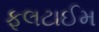
ફૂલટાઈમ